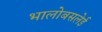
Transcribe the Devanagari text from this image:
भालोबसलेई